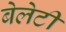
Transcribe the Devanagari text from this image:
बेलेटी